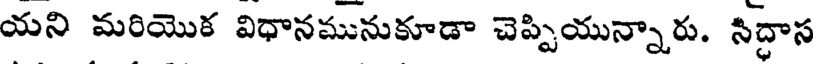
యని మరియొక విధానమునుకూడా చెప్పియున్నారు. సిద్ధాస